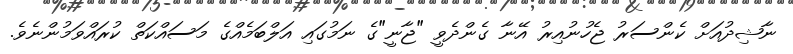
ނާޝިދުއަށް ކެންސަރު ޖެހުނުއިރު އޭނާ ގެންދެވީ "ޖާނީ"ގެ ނަމުގައި އަލްބަމެއްގެ މަސައްކަތް ކުރައްވަމުންނެވެ.